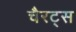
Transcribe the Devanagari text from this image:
चैरट्स